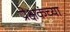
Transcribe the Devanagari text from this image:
प्रेक्षकंच्या